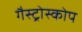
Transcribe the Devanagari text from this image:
गैस्ट्रोस्कोप